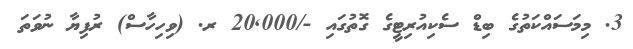
3. މިމަސައްކަތުގެ ބިޑް ސެކިއުރިޓީގެ ގޮތުގައި -/20